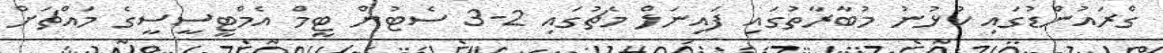
ގްރައުންޑުގައި ކުޅުނު މުބާރާތުގައި ފައިނަލް މެޗުގައި 2-3 ސެޓުން ޓީމް އެމްޓީސީސީގެ މައްޗަށް